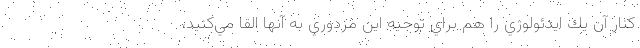
كنار آن يك ايدئولوژي را هم براي توجيه اين مزدوري به آنها القا مي‌كنيد،